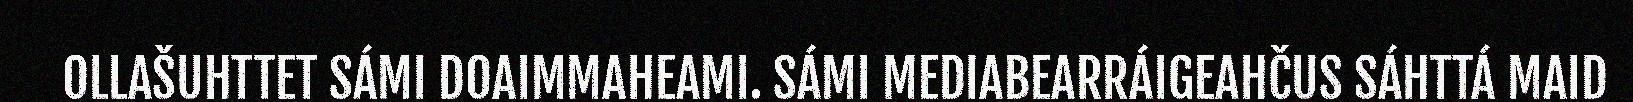
OLLAŠUHTTET SÁMI DOAIMMAHEAMI. SÁMI MEDIABEARRÁIGEAHČUS SÁHTTÁ MAID